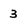
Character: 3